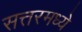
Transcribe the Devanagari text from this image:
सत्तरमध्ये